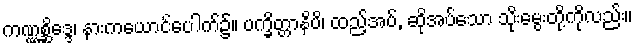
ကဏ္ဏစ္ဆိဒ္ဒေ၊ နားကယောင်ပေါက်၌။ ပက္ခိတ္တာနိပိ၊ ထည့်အပ်, ဆိုအပ်သော သိုးမွေးတို့ကိုလည်း။